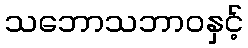
သဘောသဘာဝနှင့်